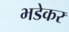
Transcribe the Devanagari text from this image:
भडेकर